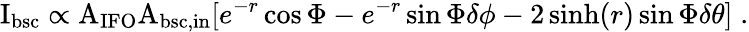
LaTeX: \mathrm{I_{bsc}}\propto\mathrm{A_{IFO}A_{bsc,in}}[e^{-r}\cos\Phi-e^{-r}\sin\Phi\delta\phi-2\sinh(r)\sin\Phi\delta\theta]\; .